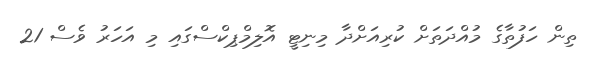
ތިން ހަފުތާގެ މުއްދަތަށް ކުރިއަށްދާ މިނިޓީ އޮލިމްޕިކްސްގައި މި އަހަރު ވެސް 21